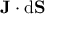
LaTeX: \mathbf { J } \cdot \mathrm { d } \mathbf { S }